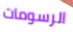
الرسومات